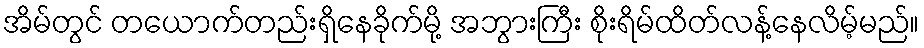
အိမ်တွင် တယောက်တည်းရှိနေခိုက်မို့ အဘွားကြီး စိုးရိမ်ထိတ်လန့်နေလိမ့်မည်။